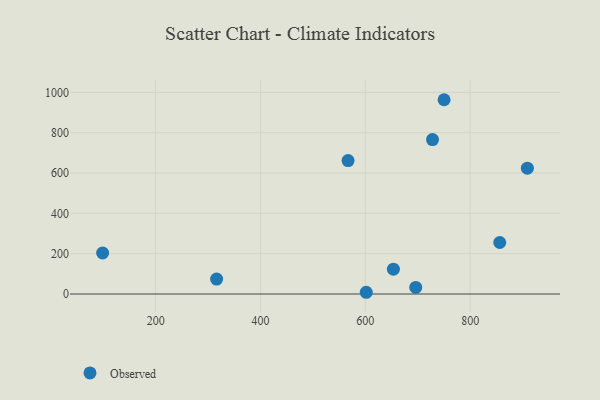
{"axis": {"x": "Study Hours", "y": "Yield"}, "legend": ["Observed"], "data": [{"x": "653.6", "y": 123.0, "type": "Observed"}, {"x": "98.8", "y": 203.4, "type": "Observed"}, {"x": "316.3", "y": 74.3, "type": "Observed"}, {"x": "728.2", "y": 765.8, "type": "Observed"}, {"x": "750.3", "y": 963.5, "type": "Observed"}, {"x": "601.8", "y": 8.6, "type": "Observed"}, {"x": "909.2", "y": 624.2, "type": "Observed"}, {"x": "856.5", "y": 255.5, "type": "Observed"}, {"x": "696.2", "y": 32.6, "type": "Observed"}, {"x": "567.1", "y": 661.5, "type": "Observed"}]}